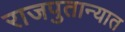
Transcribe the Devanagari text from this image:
राजपुतान्यात